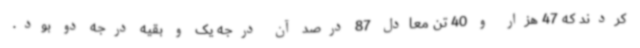
کردند که 47 هزار و 40 تن معادل 87 درصد آن درجه یک و بقیه درجه دو بود.